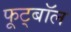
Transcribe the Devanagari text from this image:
फूट्बॉल